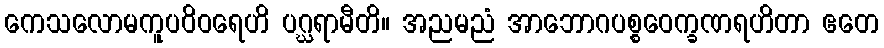
ကေသလောမကူပဝိဝရေဟိ ပဂ္ဃရာမီတိ။ အညမညံ အာဘောဂပစ္စဝေက္ခဏရဟိတာ ဧတေ